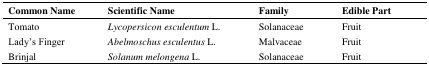
| Common Name | Scientific Name | Family | Edible Part |
 | --- | --- | --- | --- |
 | Tomato | Lycopersicon esculentum L. | Solanaceae | Fruit |
 | Lady’s Finger | Abelmoschus esculentus L. | Malvaceae | Fruit |
 | Brinjal | Solanum melongena L. | Solanaceae | Fruit |